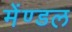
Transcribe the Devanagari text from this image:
मेंण्डल